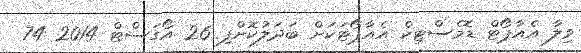
ވިލާ އެއާޕޯޓް ޑޮމެސްޓިކް އެއާޕޯޓަކަށް ބަދަލުކޮށްފި 26 އޯގަސްޓް 2014 74